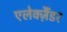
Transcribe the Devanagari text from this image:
एलेक्ज़ैंडर